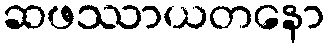
ဆဖဿာယတနော